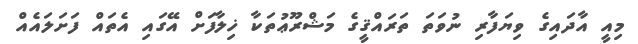
މިއީ އާދައިގެ ވިޔަފާރި ނުވަތަ ތަރައްޤީގެ މަޝްރޫޢުތަކާ ޚިލާފަށް އޭގައި އެތައް ފަށަލައެއް